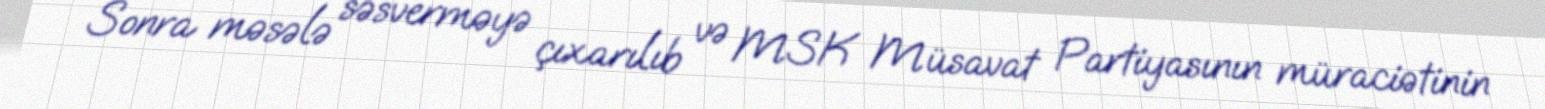
Sonra məsələ səsverməyə çıxarılıb və MSK Müsavat Partiyasının müraciətinin